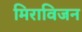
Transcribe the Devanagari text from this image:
मिराविजन